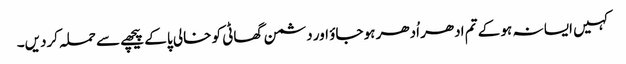
کہیں ایسا نہ ہو کے تم ادھر اُدھر ہو جاؤ اور دشمن گھاٹی کو خالی پا کے پیچھے سے حملہ کردیں۔